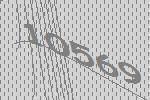
10569